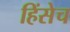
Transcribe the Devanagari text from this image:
हिंसेच